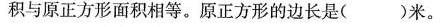
积与原正方形面积相等。原正方形的边长是( )米。